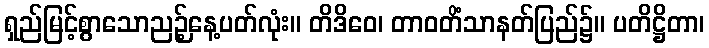
ရှည်မြင့်စွာသောညဉ့်နေ့ပတ်လုံး။ တိဒိဝေ၊ တာဝတိံသာနတ်ပြည်၌။ ပတိဋ္ဌိတာ၊